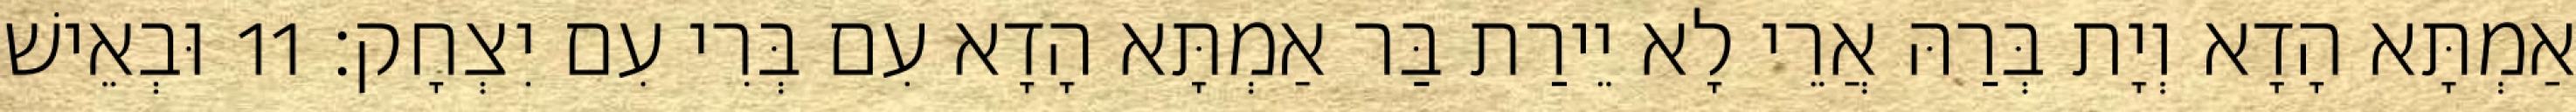
אַמְתָּא הָדָא וְיָת בְּרַהּ אֲרֵי לָא יֵירַת בַּר אַמְתָּא הָדָא עִם בְּרִי עִם יִצְחָק׃ 11 וּבְאֵישׁ